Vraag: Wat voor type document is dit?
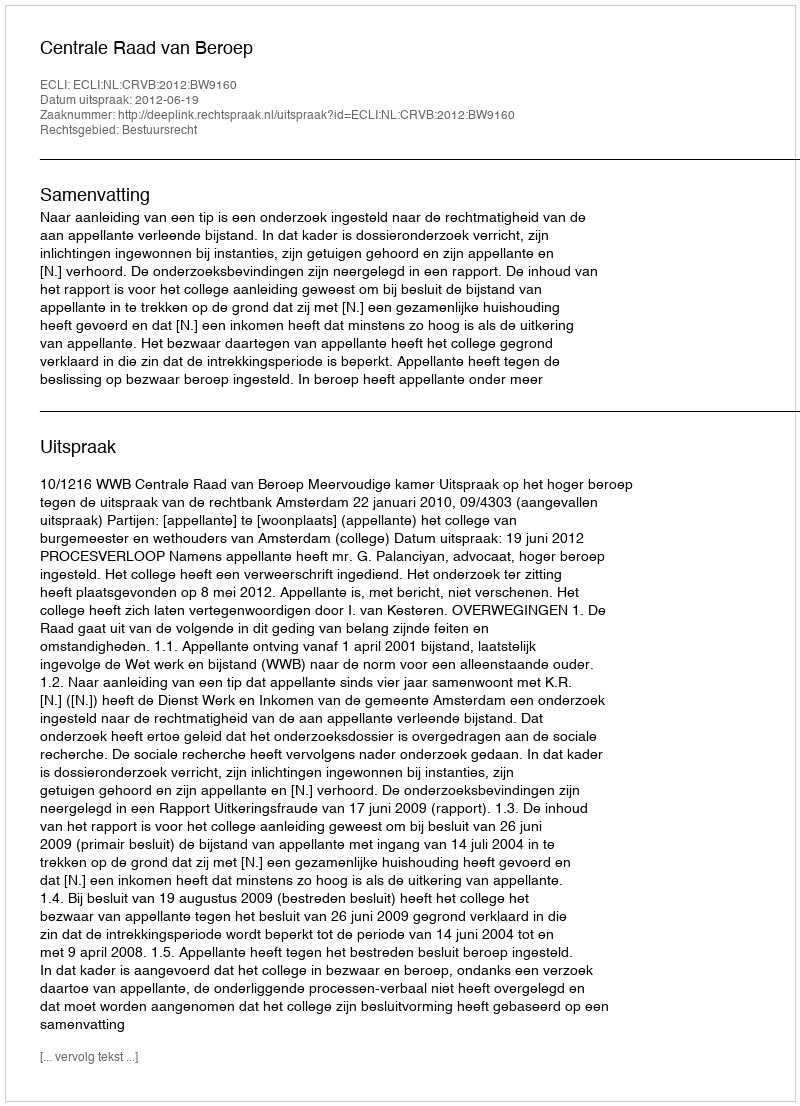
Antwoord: Uitspraak